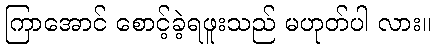
ကြာအောင် စောင့်ခဲ့ရဖူးသည် မဟုတ်ပါ လား။